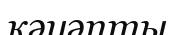
кәуәпты